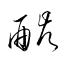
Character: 酘